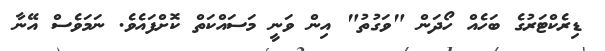
ޑިރެކްޓަރުގެ ބަހެއް ހޯދަން "ވަގުތު" އިން ވަނީ މަސައްކަތް ކޮށްފައެވެ. ނަމަވެސް އޭނާ